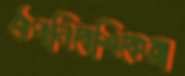
ঔপনিবেশিকেরা